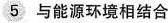
\bigcirc{5}与能源环境相结合